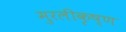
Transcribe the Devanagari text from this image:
मुरलीकृष्ण